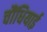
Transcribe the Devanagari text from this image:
चौंधियाई